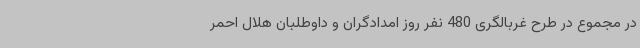
در مجموع در طرح غربالگری 480 نفر روز امدادگران و داوطلبان هلال احمر